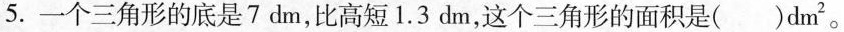
5.一个三角形的底是7dm，比高短1.3dm，这个三角形的面积是（）dm^{2}。